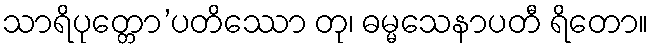
သာရိပုတ္တော’ပတိဿော တု၊ ဓမ္မသေနာပတီ ရိတော။